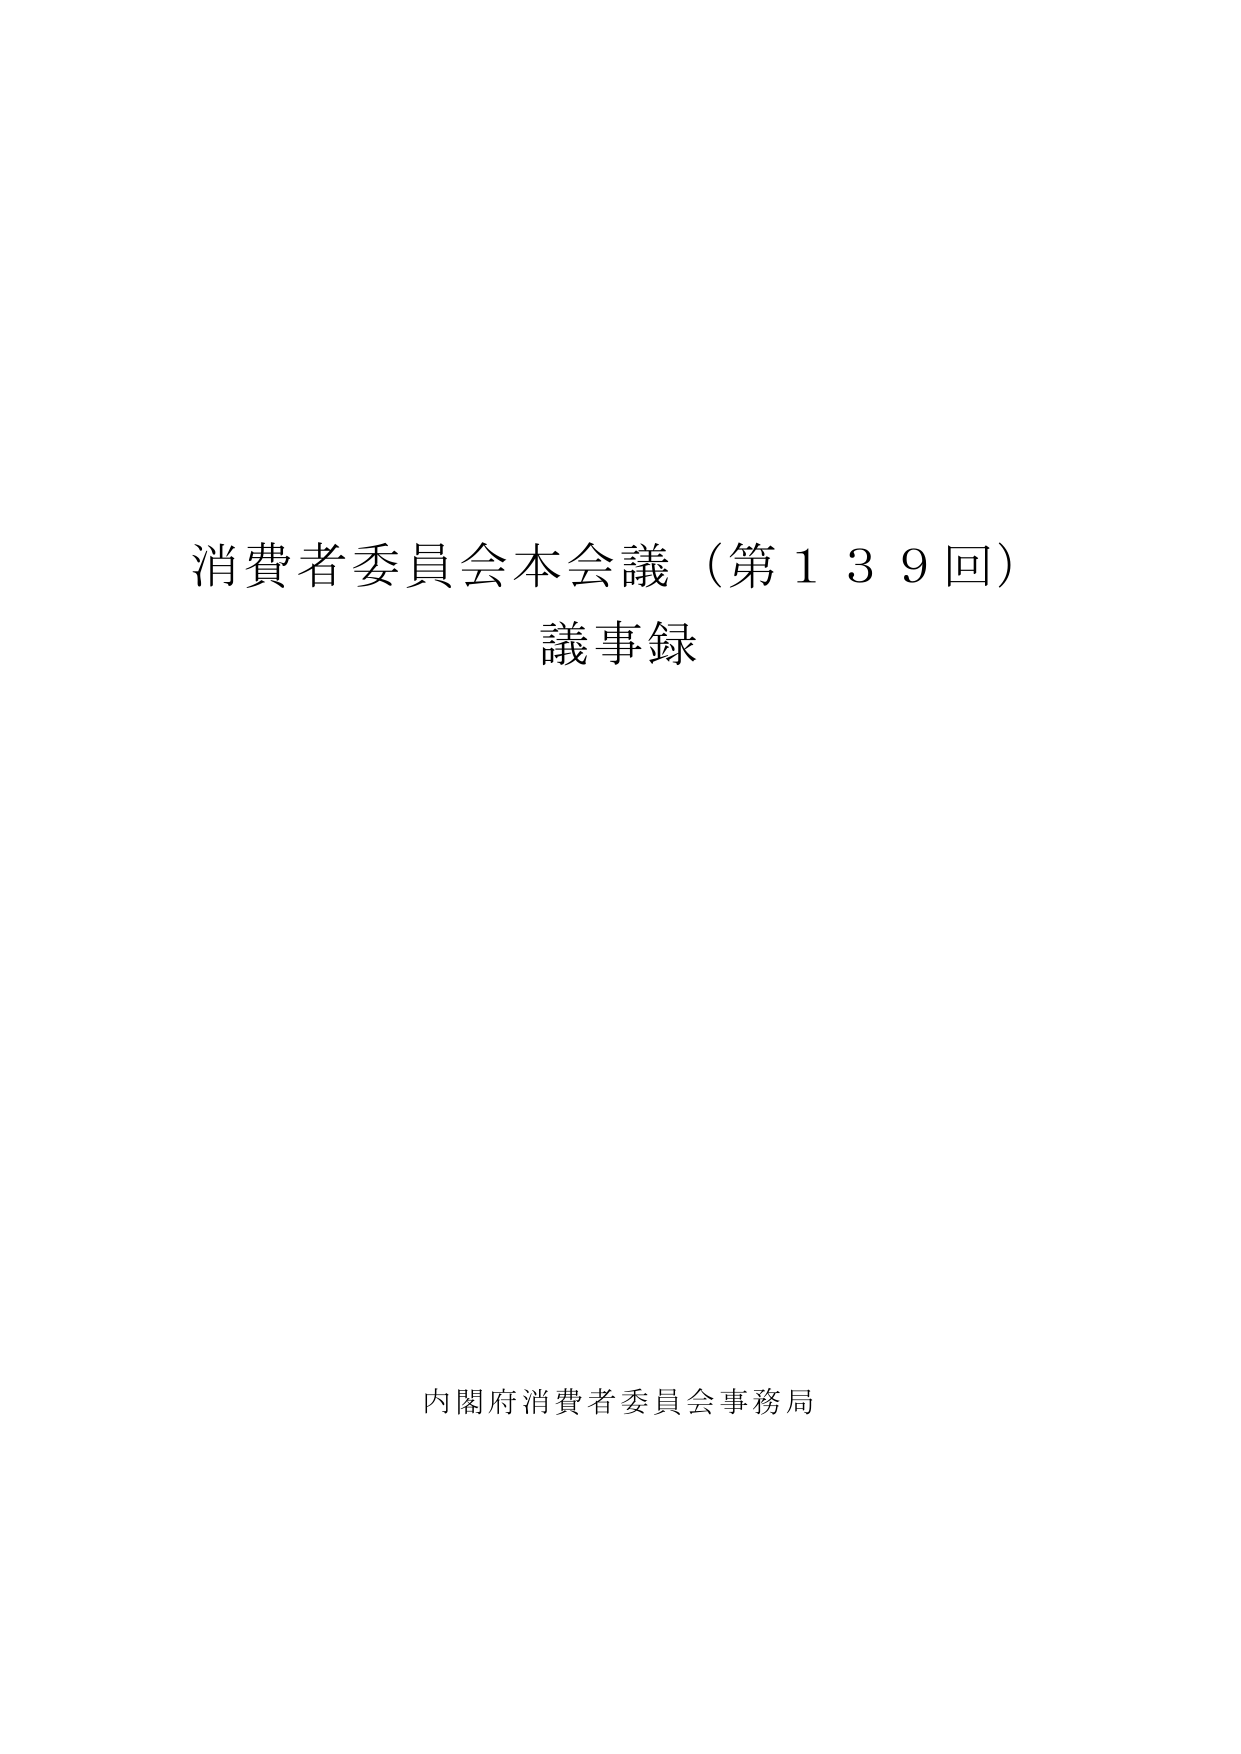
消費者委員会本会議（第139回）
議事録

内閣府消費者委員会事務局